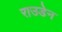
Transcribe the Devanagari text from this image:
राउडेन